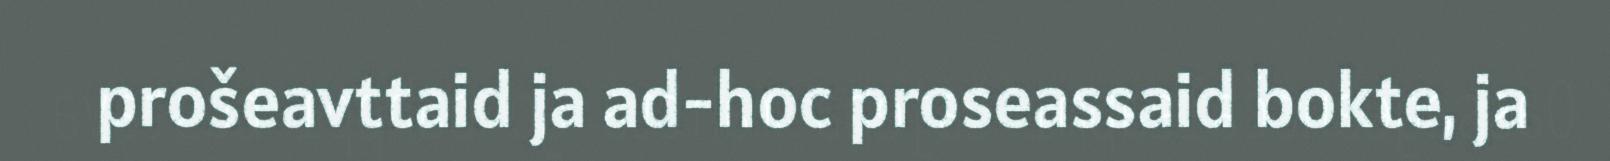
prošeavttaid ja ad-hoc proseassaid bokte, ja